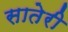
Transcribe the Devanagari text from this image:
सातेरी